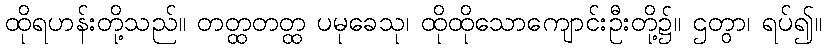
ထိုရဟန်းတို့သည်။ တတ္ထတတ္ထ ပမုခေသု၊ ထိုထိုသောကျောင်းဦးတို့၌။ ဌတွာ၊ ရပ်၍။